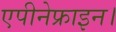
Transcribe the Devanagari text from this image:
एपीनेफ्राइन।